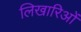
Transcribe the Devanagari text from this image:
लिखारिओं